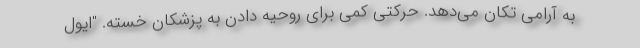
به آرامی تکان می‌دهد. حرکتی کمی برای روحیه دادن به پزشکان خسته. "ایول